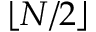
\lfloor N / 2 \rfloor